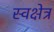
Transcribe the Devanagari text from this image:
स्वक्षेत्र